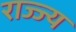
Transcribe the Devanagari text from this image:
राज्ज्य